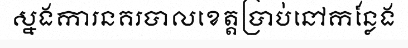
ស្នងការនគរបាលខេត្តប្រាប់នៅកន្លែង